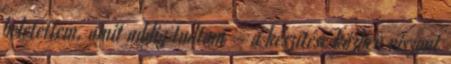
beletettem, amit addig tudtam – a készítése közben viszont